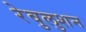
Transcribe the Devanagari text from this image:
रेवुलुशन